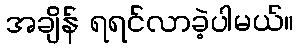
အချိန် ရရင်လာခဲ့ပါမယ်။